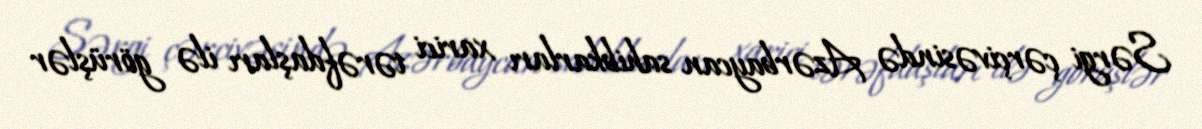
Sərgi çərçivəsində Azərbaycan sahibkarları xarici tərəfdaşları ilə görüşlər